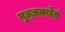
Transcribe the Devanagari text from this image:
पुञ्ञक्खेतं